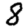
Digit: 8